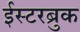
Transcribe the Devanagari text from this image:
ईस्टरब्रुक